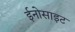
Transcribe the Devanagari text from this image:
ईनोसाइट